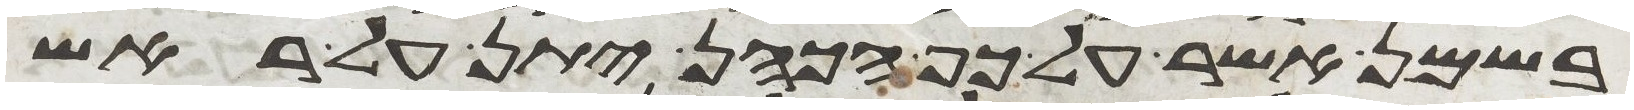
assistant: בשמן אשר על כף הכהן יתן על ראש